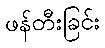
ဖန်တီးခြင်း